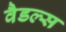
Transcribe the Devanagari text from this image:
वैडल्स